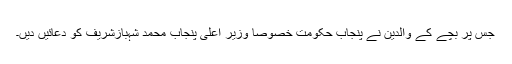
جس پر بچے کے والدین نے پنجاب حکومت خصوصاً وزیر اعلی پنجاب محمد شہبازشریف کو دعائیں دیں۔